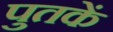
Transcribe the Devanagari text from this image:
पुतकें